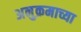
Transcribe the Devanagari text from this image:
अनुक्रमाच्या